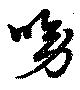
呦